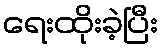
ရေးထိုးခဲ့ပြီး